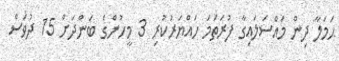
ޙަމަލާ ދިން މައްސަލައިގާ ފުރަތަމަ ހައްޔަރުކުރި 3 މީހުންގެ ބަންދަށް 15 ދުވަސް